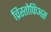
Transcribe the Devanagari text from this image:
च्रिस्तोफिअस